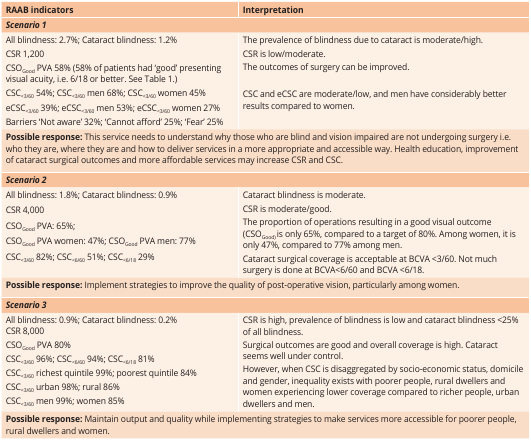
| RAAB indicators | Interpretation |
 | --- | --- |
 | <COLSPAN=2> Scenario 1 |
 | All blindness: 2.7%; Cataract blindness: 1.2%CSR 1,200CSOGood PVA 58% (58% of patients had ‘good’ presenting visual acuity, i.e. 6/18 or better. See Table 1.)CSC<3/60 54%; CSC<3/60 men 68%; CSC<3/60 women 45% eCSC<3/60 39%; eCSC<3/60 men 53%; eCSC<3/60 women 27%Barriers ‘Not aware’ 32%; ‘Cannot afford’ 25%; ‘Fear’ 25% | The prevalence of blindness due to cataract is moderate/high.CSR is low/moderate.The outcomes of surgery can be improved.CSC and eCSC are moderate/low, and men have considerably better results compared to women. |
 | <COLSPAN=2> Possible response: This service needs to understand why those who are blind and vision impaired are not undergoing surgery i.e. who they are, where they are and how to deliver services in a more appropriate and accessible way. Health education, improvement of cataract surgical outcomes and more affordable services may increase CSR and CSC. |
 | <COLSPAN=2> Scenario 2 |
 | All blindness: 1.8%; Cataract blindness: 0.9%CSR 4,000CSOGood PVA: 65%;CSOGood PVA women: 47%; CSOGood PVA men: 77%CSC<3/60 82%; CSC<6/60 51%; CSC<6/18 29% | Cataract blindness is moderate.CSR is moderate/good.The proportion of operations resulting in a good visual outcome(CSOGood) is only 65%, compared to a target of 80%. Among women, it is only 47%, compared to 77% among men.Cataract surgical coverage is acceptable at BCVA <3/60. Not much surgery is done at BCVA <6/60 and BCVA <6/18. |
 | <COLSPAN=2> Possible response: Implement strategies to improve the quality of post-operative vision, particularly among women. |
 | <COLSPAN=2> Scenario 3 |
 | All blindness: 0.9%; Cataract blindness: 0.2%CSR 8,000CSOGood PVA80%CSC<3/60 96%; CSC<6/60 94%; CSC<6/18 81%CSC<3/60 richest quintile 99%; poorest quintile 84%CSC<3/60 urban 98%; rural 86%CSC<3/60 men 99%; women 85% | CSR is high, prevalence of blindness is low and cataract blindness <25% of all blindness.Surgical outcomes are good and overall coverage is high. Cataract seems well under control.However, when CSC is disaggregated by socio-economic status, domicile women experiencing lower coverage compared to richer people, urban dwellers and men. |
 | <COLSPAN=2> Possible response: Maintain output and quality while implementing strategies to make services more accessible for poorer people, rural dwellers and women. |